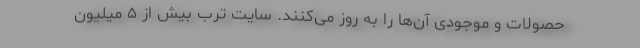
حصولات و موجودی آن‌ها را به روز می‌کنند. سایت ترب بیش از ۵ میلیون